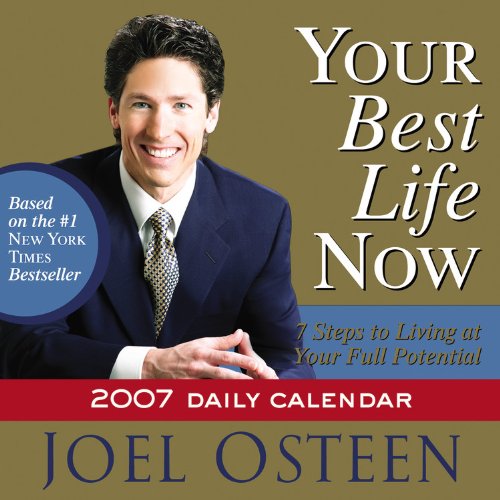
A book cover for Your Best Life Now 2007 Daily Calendar: 7 Steps to Living at Your Full Potential; Joel Osteen; Calendars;